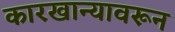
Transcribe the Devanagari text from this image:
कारखान्यावरून